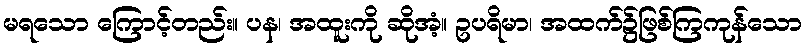
မရသော ကြောင့်တည်း။ ပန၊ အထူးကို ဆိုအံ့။ ဥပရိမာ၊ အထက်၌ဖြစ်ကြကုန်သော